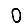
Digit: 0